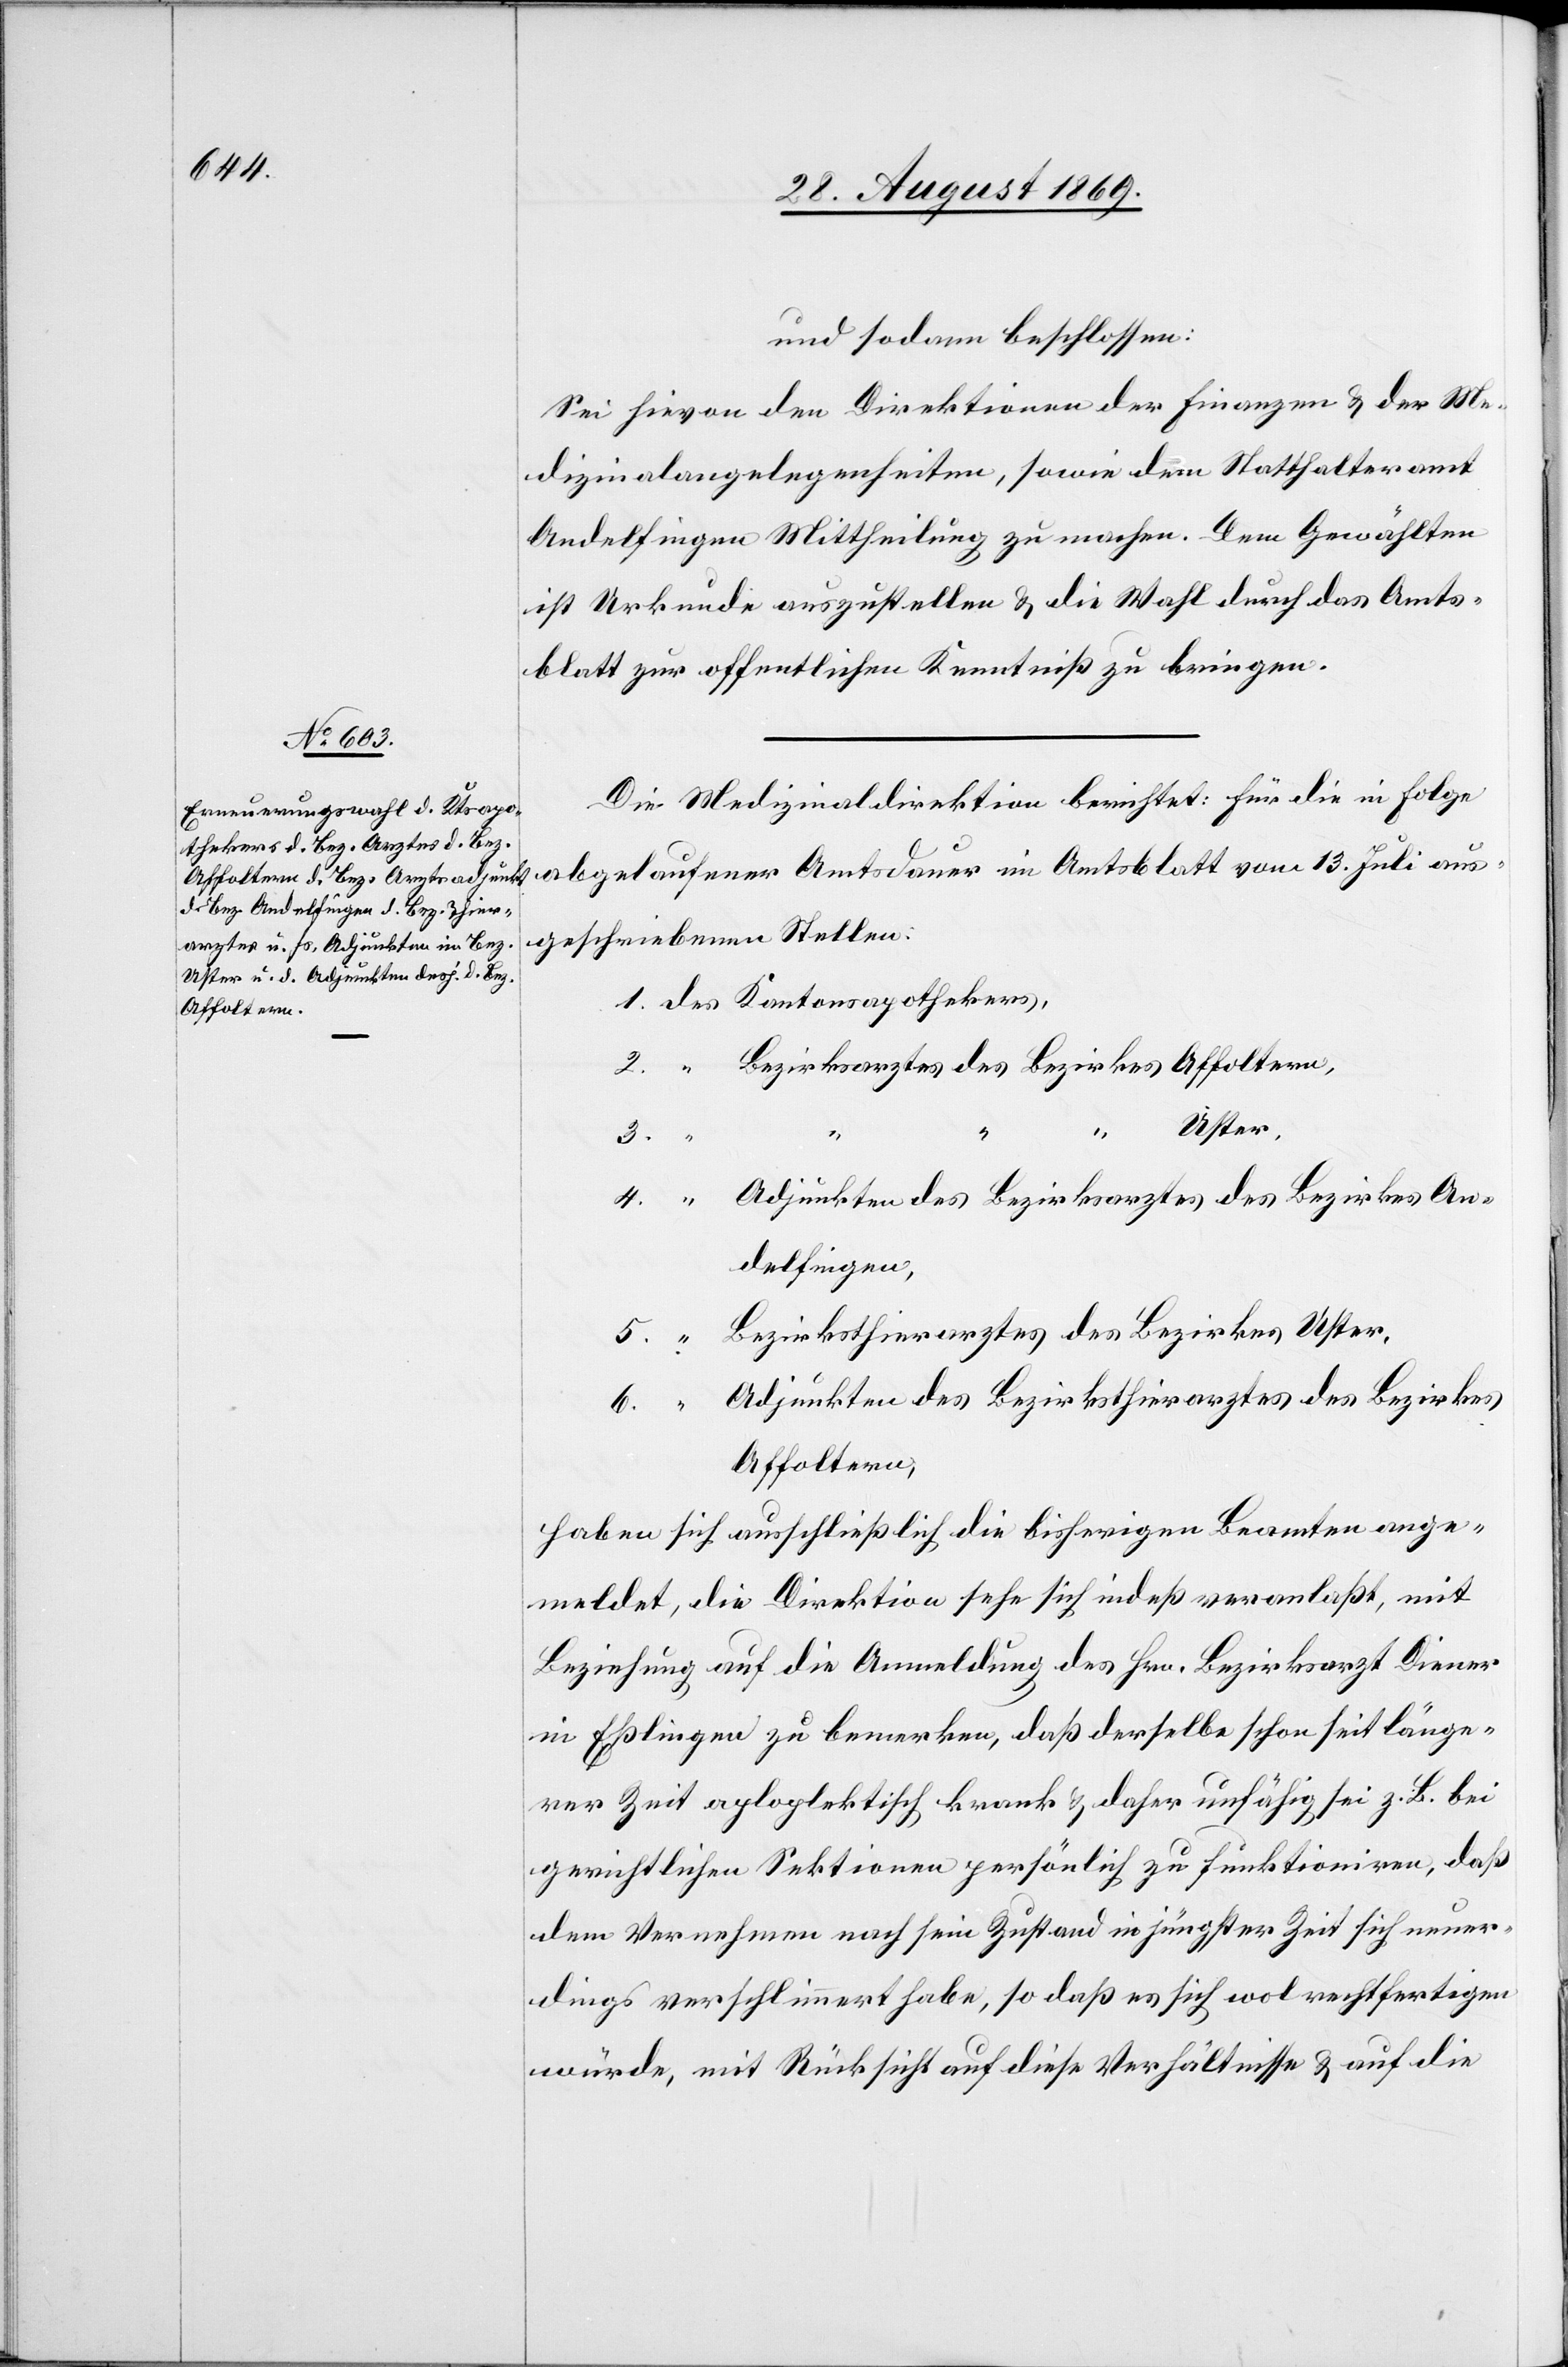
und sodann beschlossen:
Sei hievon den Direktionen der Finanzen & der Me¬
dizinalangelegenheiten, sowie dem Statthalteramt
Andelfingen Mittheilung zu machen. Dem Gewählten
ist Urkunde auszustellen & die Wahl durch das Amts¬
blatt zur offentlichen [sic!] Kenntniß zu bringen.
Die Medizinaldirektion berichtet: Für die in Folge
geschriebenen Stellen:
5.
“
Adjunkten des Bezirksarztes des Bezirkes An¬
delfingen,
Bezirksthierarztes des Bezirkes Uster,
Adjunkten des Bezirksthierarztes des Bezirkes
Affoltern,
haben sich ausschließlich die bisherigen Beamten ange¬
meldet, die Direktion sehe sich indeß veranlaßt, mit
Beziehung auf die Anmeldung des Hrn. Bezirksarzt Diener
in Eßlingen zu bemerken, daß derselbe schon seit länge¬
rer Zeit aploplektisch [sic!] krank & daher unfähig sei z. B. bei
gerichtlichen Sektionen persönlich zu funktioniren, daß
dem Vernehmen nach sein Zustand in jüngster Zeit sich neuer¬
dings verschlimmert habe, so daß es sich wol rechtfertigen
würde, mit Rücksicht auf diese Verhältnisse & auf die